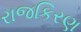
રાજકિરણ